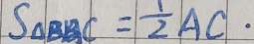
S _ { \Delta B B C } = \frac { 1 } { 2 } A C \cdot